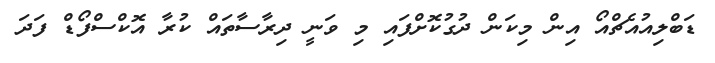
ޑަބްލިއުއެޗްއޯ އިން މިކަން ދުގުކޮށްފައި މި ވަނީ ދިރާސާތައް ކުރާ އޮކްސްފޯޑް ފަދަ